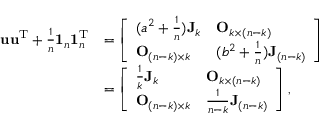
\begin{array} { r l } { \mathbf u \mathbf u ^ { \mathrm T } + \frac 1 n \mathbf 1 _ { n } \mathbf 1 _ { n } ^ { \mathrm T } } & { = \left[ \begin{array} { l l } { ( a ^ { 2 } + \frac 1 n ) \mathbf J _ { k } } & { \mathbf O _ { k \times ( n - k ) } } \\ { \mathbf O _ { ( n - k ) \times k } } & { ( b ^ { 2 } + \frac 1 n ) \mathbf J _ { ( n - k ) } } \end{array} \right] } \\ & { = \left[ \begin{array} { l l } { \frac 1 k \mathbf J _ { k } } & { \mathbf O _ { k \times ( n - k ) } } \\ { \mathbf O _ { ( n - k ) \times k } } & { \frac { 1 } { n - k } \mathbf J _ { ( n - k ) } } \end{array} \right] , } \end{array}